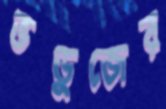
ভডুজের